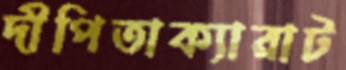
দীপিতাক্যারাট